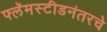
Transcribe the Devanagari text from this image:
फ्लॅमस्टीडनंतरचे